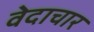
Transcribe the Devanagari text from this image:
वेदाचार